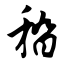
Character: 稽